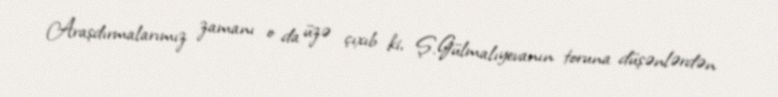
Araşdırmalarımız zamanı o da üzə çıxıb ki, Ş.Gülmalıyevanın toruna düşənlərdən